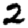
Digit: 2